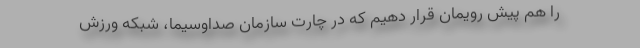
را هم پیش رویمان قرار دهیم که در چارت سازمان صداوسیما، شبکه ورزش